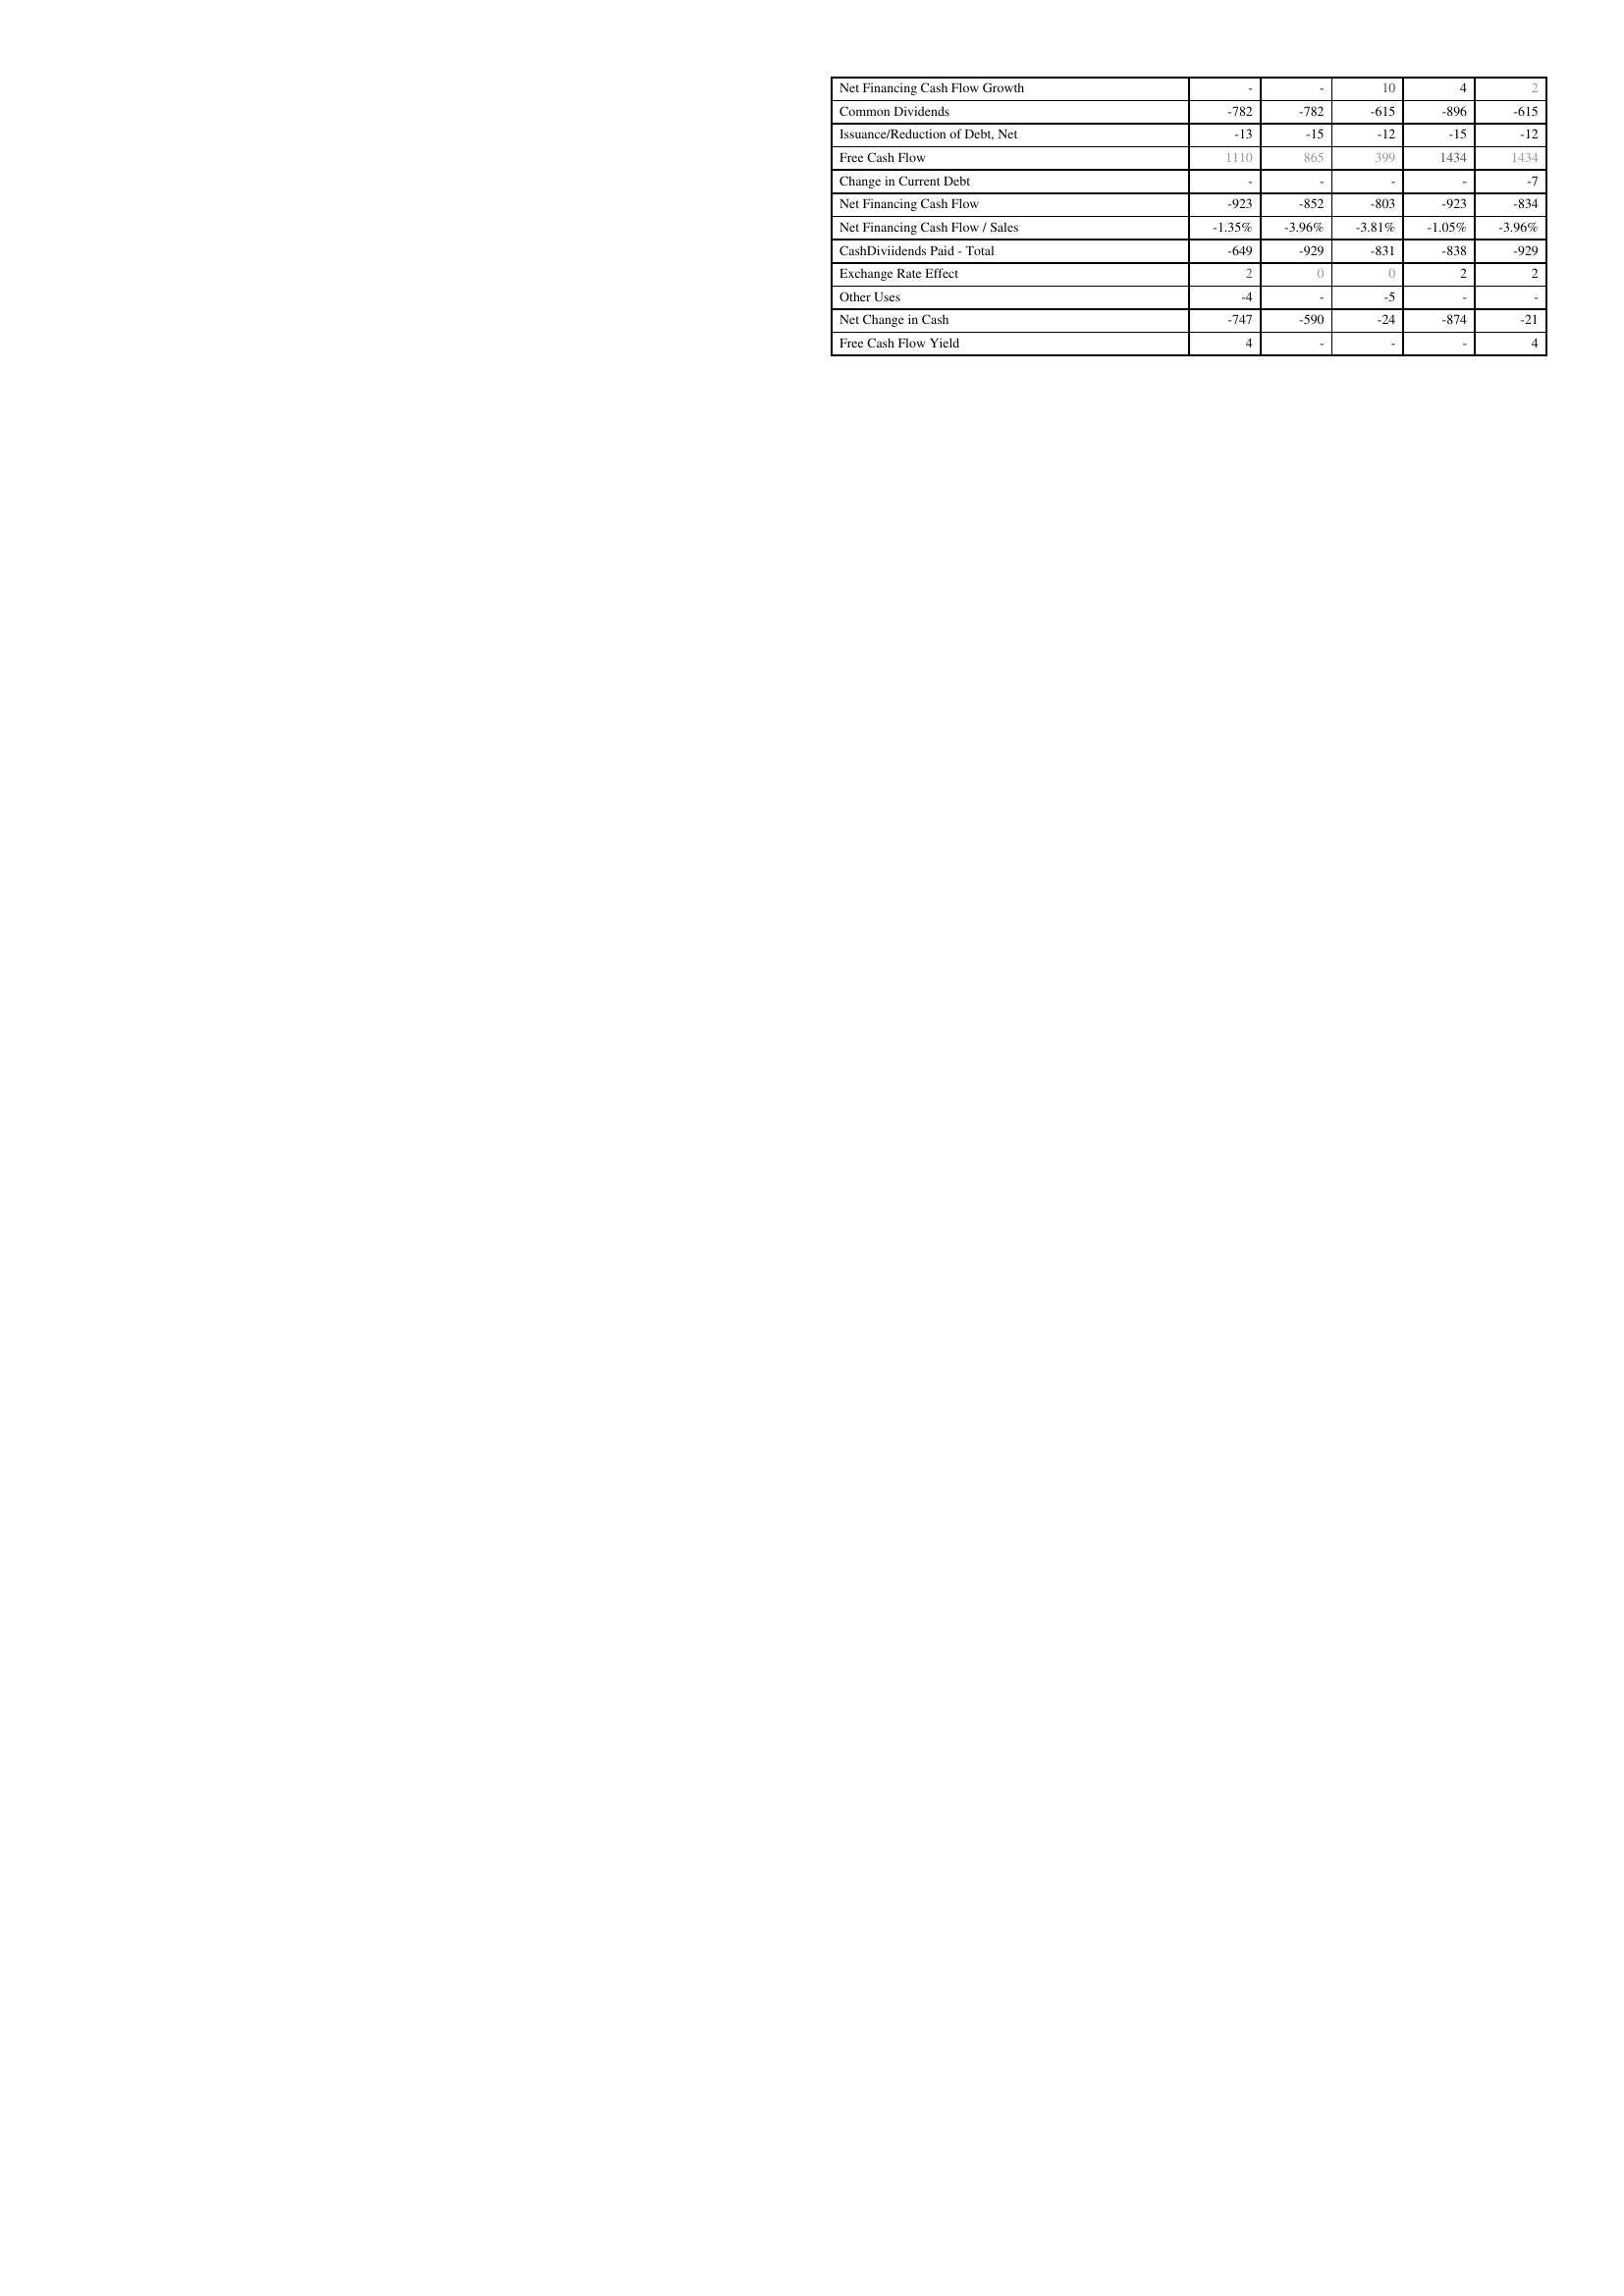
2022: Financing Activities: Net Financing Cash Flow Growth: -
Common Dividends: -782
Issuance/Reduction of Debt, Net: -13
Free Cash Flow: 1110
Change in Current Debt: -
Net Financing Cash Flow: -923
Net Financing Cash Flow / Sales: -1.35%
CashDiviidends Paid - Total: -649
Exchange Rate Effect: 2
Other Uses: -4
Net Change in Cash: -747
Free Cash Flow Yield: 4
2023: Financing Activities: Net Financing Cash Flow Growth: -
Common Dividends: -782
Issuance/Reduction of Debt, Net: -15
Free Cash Flow: 865
Change in Current Debt: -
Net Financing Cash Flow: -852
Net Financing Cash Flow / Sales: -3.96%
CashDiviidends Paid - Total: -929
Exchange Rate Effect: 0
Other Uses: -
Net Change in Cash: -590
Free Cash Flow Yield: -
2024: Financing Activities: Net Financing Cash Flow Growth: 10
Common Dividends: -615
Issuance/Reduction of Debt, Net: -12
Free Cash Flow: 399
Change in Current Debt: -
Net Financing Cash Flow: -803
Net Financing Cash Flow / Sales: -3.81%
CashDiviidends Paid - Total: -831
Exchange Rate Effect: 0
Other Uses: -5
Net Change in Cash: -24
Free Cash Flow Yield: -
2025: Financing Activities: Net Financing Cash Flow Growth: 4
Common Dividends: -896
Issuance/Reduction of Debt, Net: -15
Free Cash Flow: 1434
Change in Current Debt: -
Net Financing Cash Flow: -923
Net Financing Cash Flow / Sales: -1.05%
CashDiviidends Paid - Total: -838
Exchange Rate Effect: 2
Other Uses: -
Net Change in Cash: -874
Free Cash Flow Yield: -
2026: Financing Activities: Net Financing Cash Flow Growth: 2
Common Dividends: -615
Issuance/Reduction of Debt, Net: -12
Free Cash Flow: 1434
Change in Current Debt: -7
Net Financing Cash Flow: -834
Net Financing Cash Flow / Sales: -3.96%
CashDiviidends Paid - Total: -929
Exchange Rate Effect: 2
Other Uses: -
Net Change in Cash: -21
Free Cash Flow Yield: 4